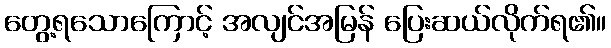
တွေ့ရသောကြောင့် အလျင်အမြန် ပြေးဆယ်လိုက်ရ၏။